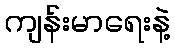
ကျန်းမာရေးနဲ့